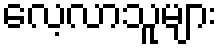
လေ့လာသူများ